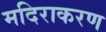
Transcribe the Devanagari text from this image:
मदिराकरण